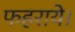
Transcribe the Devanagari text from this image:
फहराये।